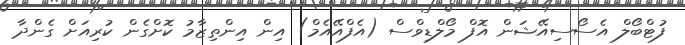
ފުޓްބޯލް އެސޯސިއޭޝަން އޮފް މޯލްޑިވްސް (އެފްއޭއެމް) އިން އިންތިޒާމު ކޮށްގެން ކުރިއަށް ގެންދާ